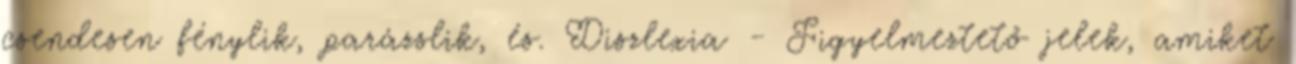
csendesen fénylik, parázslik, és. Diszlexia - Figyelmeztető jelek, amiket